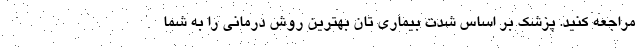
مراجعه کنید. پزشک بر اساس شدت بیماری تان بهترین روش درمانی را به شما